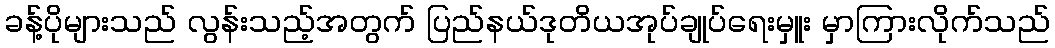
ခန့်ပိုများသည် လွန်းသည့်အတွက် ပြည်နယ်ဒုတိယအုပ်ချုပ်ရေးမှူး မှာကြားလိုက်သည်